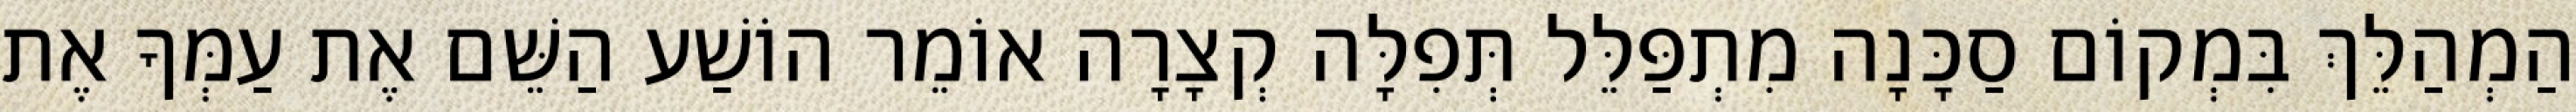
הַמְהַלֵּךְ בִּמְקוֹם סַכָּנָה מִתְפַּלֵּל תְּפִלָּה קְצָרָה אוֹמֵר הוֹשַׁע הַשֵּׁם אֶת עַמְּךָ אֶת